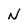
Character: N